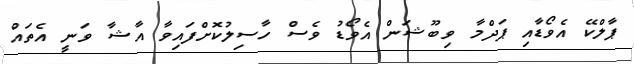
ޕާލްކޭ އެވޯޑާއި ޕަދްމާ ވިބޫޝަން އެވޯޑު ވެސް ހާސިލުކޮށްފައިވާ އާޝާ ވަނީ އެތައް